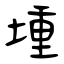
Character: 堹